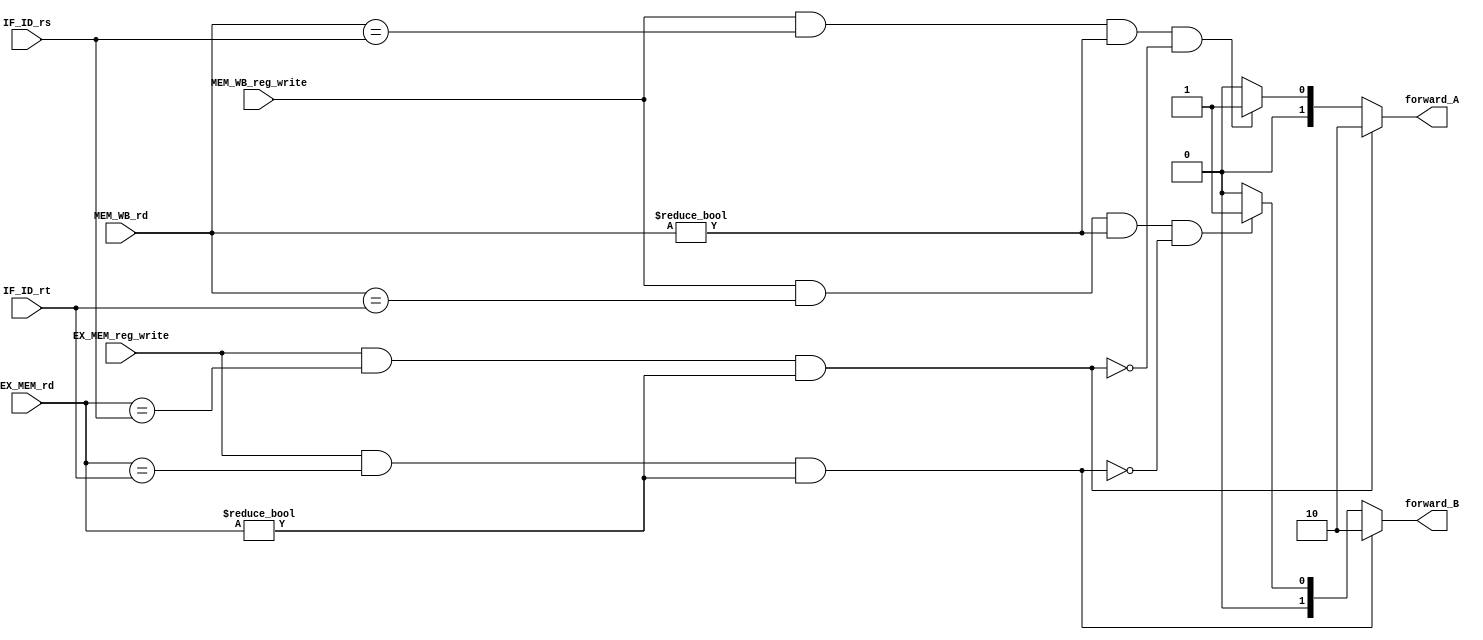
`timescale 1ns / 1ps
//////////////////////////////////////////////////////////////////////////////////
// Company: 
// Engineer: 
// 
// Design Name: 
// Module Name: Branch_Forwarding
// Project Name: 
// Target Devices: 
// Tool Versions: 
// Description: 
// 
// Dependencies: 
// 
// Revision:
// Revision 0.01 - File Created
// Additional Comments:
// 
//////////////////////////////////////////////////////////////////////////////////


module Branch_Forwarding(
EX_MEM_reg_write,EX_MEM_rd,
MEM_WB_reg_write,MEM_WB_rd,
IF_ID_rs, IF_ID_rt,
forward_A, forward_B
);

input EX_MEM_reg_write;
input[4:0] EX_MEM_rd;

input MEM_WB_reg_write;
input[4:0] MEM_WB_rd;

input[4:0] IF_ID_rs,IF_ID_rt;

output reg[1:0] forward_A,forward_B;

always@(*)begin 
    //deciding if the branch alu input for rs will come from the ID,MEM, or WB stage.
    if((EX_MEM_reg_write == 1'b1) && 
       (EX_MEM_rd == IF_ID_rs) && 
       (EX_MEM_rd != 5'b0))
            forward_A = 2'b10;/////////////////////
     else if((MEM_WB_reg_write == 1'b1) && 
            (MEM_WB_rd == IF_ID_rs) && 
            (MEM_WB_rd != 5'b0) &&
            ~((EX_MEM_reg_write == 1'b1) && (EX_MEM_rd == IF_ID_rs) && (EX_MEM_rd != 5'b0)))
            forward_A = 2'b01;/////////////////////       
     else begin
        forward_A = 2'b0;        
        end       
            
    //deciding if the branch alu input for rt will come from the ID,MEM, or WB stage.        
    if((EX_MEM_reg_write == 1'b1) && 
            (EX_MEM_rd == IF_ID_rt) && 
            (EX_MEM_rd != 5'b0))
            forward_B = 2'b10;/////////////////////
    
    else if((MEM_WB_reg_write == 1'b1) && 
            (MEM_WB_rd == IF_ID_rt) && 
            (MEM_WB_rd != 5'b0) &&
             ~((EX_MEM_reg_write == 1'b1) && (EX_MEM_rd == IF_ID_rt) && (EX_MEM_rd != 5'b0)))
            forward_B = 2'b01;/////////////////////
    else begin
        forward_B = 2'b0;
        end
end



endmodule